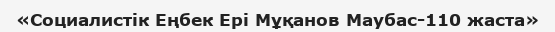
«Социалистік Еңбек Ері Мұқанов Маубас-110 жаста»